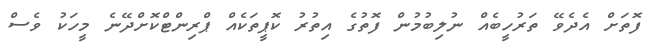
ފޮތަށް އެދެވޭ ތަރުހީބެއް ނުލިބުމުން ފޮތުގެ އިތުރު ކޮޕީތަކެއް ޕްރިންޓްކޮށްދޭނެ މީހަކު ވެސް